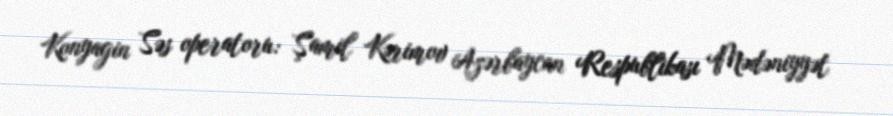
Konyagin Səs operatoru: Şamil Kərimov Azərbaycan Respublikası Mədəniyyət